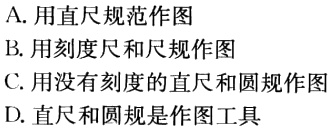
A. 用直尺规范作图
B. 用刻度尺和尺规作图
C. 用没有刻度的直尺和圆规作图
D. 直尺和圆规是作图工具